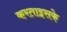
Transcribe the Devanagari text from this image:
करताइसके